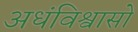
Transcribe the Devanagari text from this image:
अधंविश्वासों